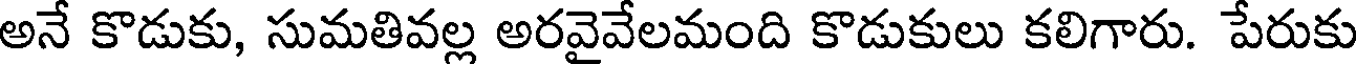
అనే కొడుకు, సుమతివల్ల అరవైవేలమంది కొడుకులు కలిగారు. పేరుకు